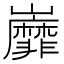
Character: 𡿐